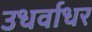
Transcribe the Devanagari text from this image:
उधर्वाधर